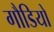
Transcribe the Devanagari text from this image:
गौडियो